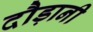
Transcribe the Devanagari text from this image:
दौड़ानी